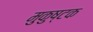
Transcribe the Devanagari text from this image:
मुकुष्टक